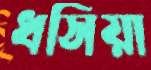
ধসিয়া